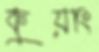
কুয়াং